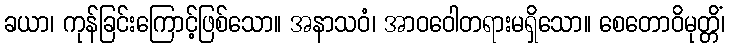
ခယာ၊ ကုန်ခြင်းကြောင့်ဖြစ်သော။ အနာသဝံ၊ အာဝဝေါတရားမရှိသော။ စေတောဝိမုတ္တိံ၊